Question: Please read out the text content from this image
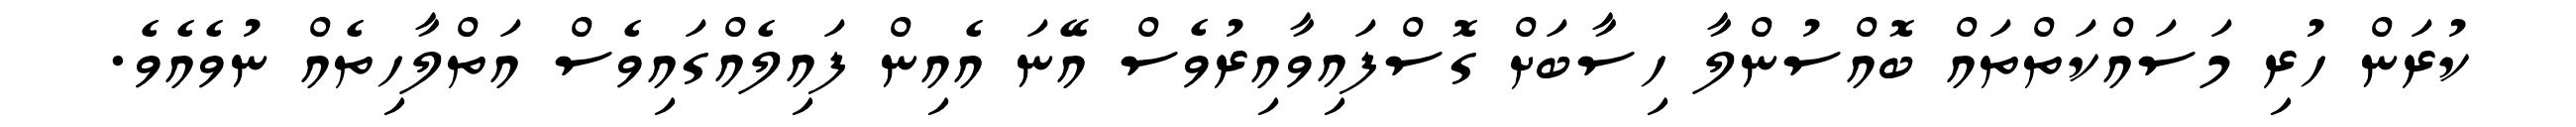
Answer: ކުރަން ހުރި މަސައްކަތްތައް ބޮއްސުންލާ ހިސާބަށް ގޮސްފައިވާއިރުވެސް އޭނަ އެއިން ފައިލެއްގައިވެސް އަތްލާހިތެއް ނުވެއެވެ.